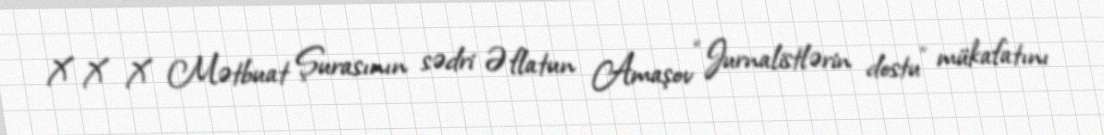
X X X Mətbuat Şurasının sədri Əflatun Amaşov “Jurnalistlərin dostu” mükafatını